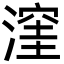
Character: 漥